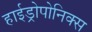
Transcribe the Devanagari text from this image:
हाईड्रोपोनिक्स